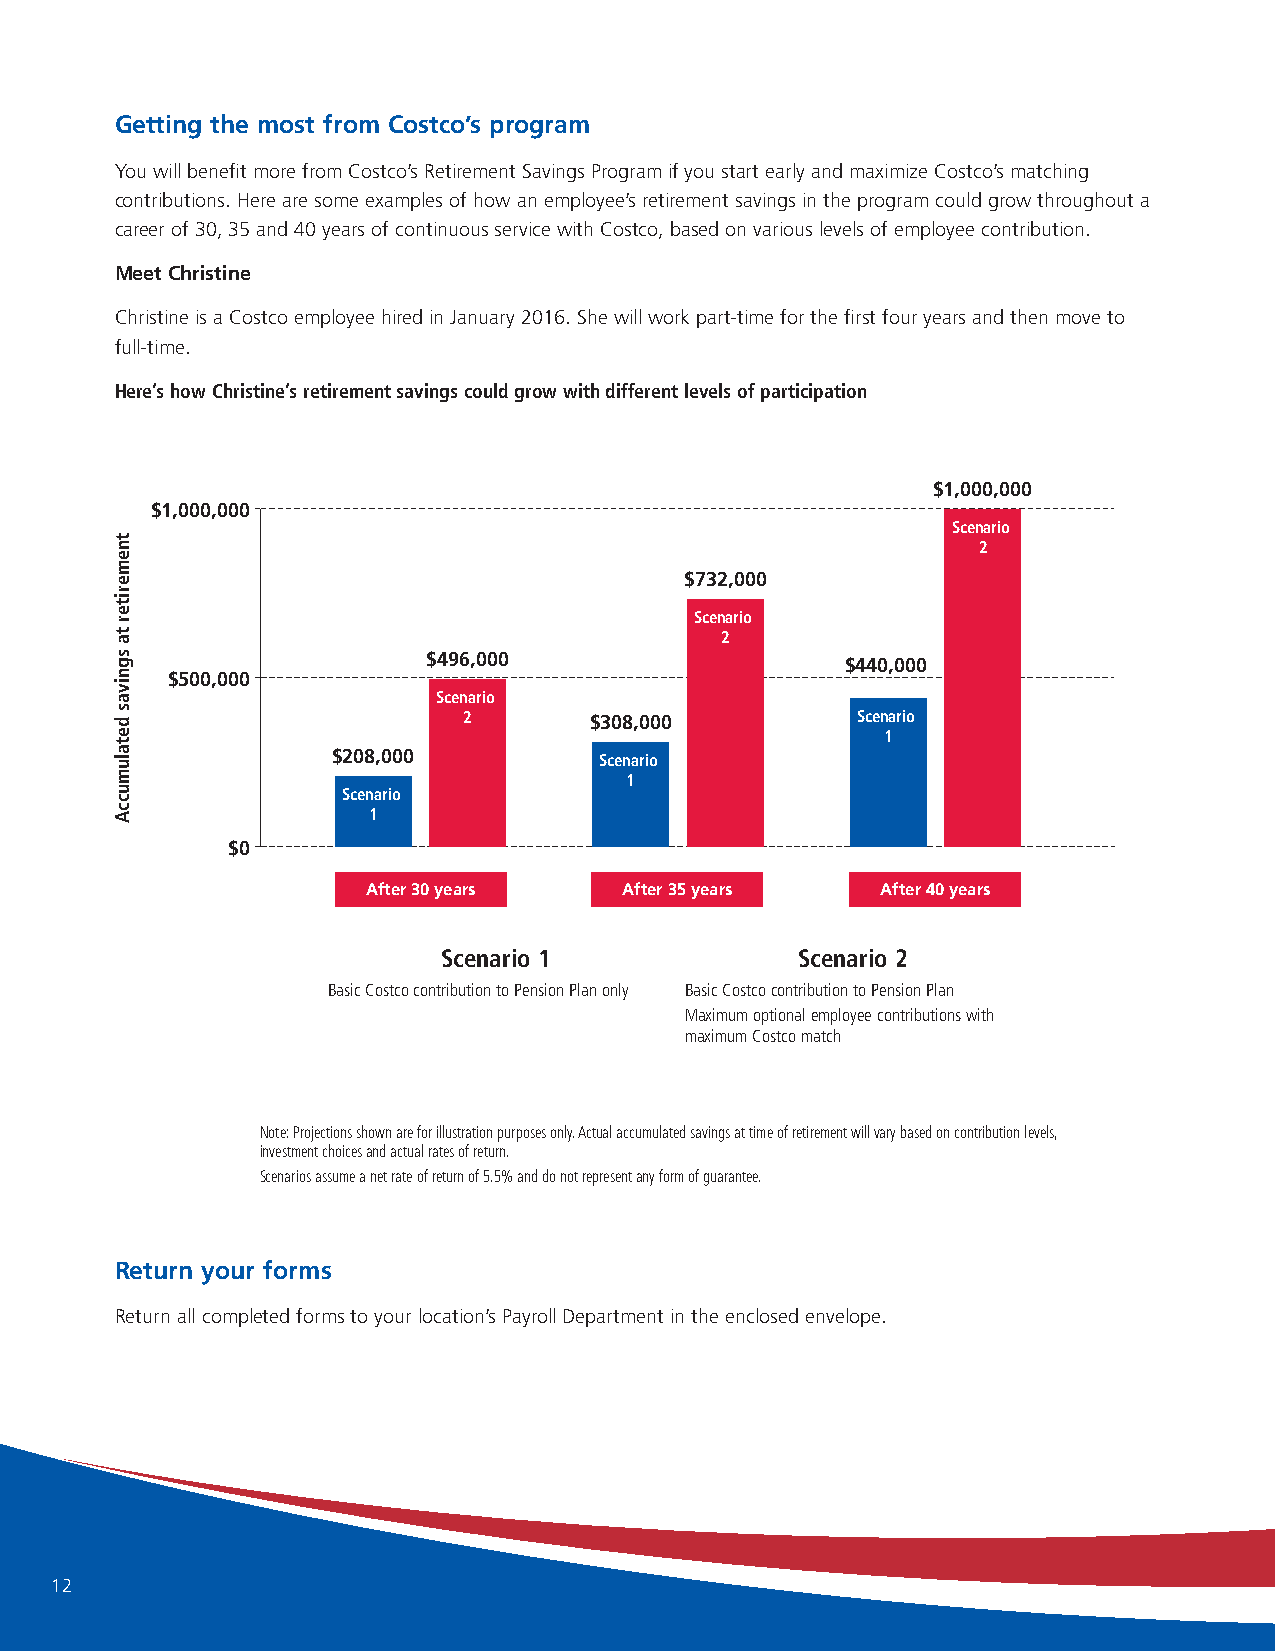
Getting the most from Costco’s program
 You will benefit more from Costco’s Retirement Savings Program if you start early and maximize Costco’s matching
 contributions. Here are some examples of how an employee’s retirement savings in the program could grow throughout a
 career of 30, 35 and 40 years of continuous service with Costco, based on various levels of employee contribution.
 Meet Christine
 Christine is a Costco employee hired in January 2016. She will work part-time for the first four years and then move to
 full-time.
 Here’s how Christine’s retirement savings could grow with different levels of participation
 $1,000,000
 $1,000,000
 Scenario
 2
 $732,000
 Scenario
 2
 $496,000                    $440,000
 $500,000
 Scenario
 2       $308,000          Scenario
 1
 $208,000          Scenario
 1
 Scenario
 1
 $0
 After 30 years   After 35 years   After 40 years
 Scenario 1              Scenario 2
 Basic Costco contribution to Pension Plan only Basic Costco contribution to Pension Plan
 Maximum optional employee contributions with
 maximum Costco match
 Note: Projections shown are for illustration purposes only. Actual accumulated savings at time of retirement will vary based on contribution levels,
 investment choices and actual rates of return.
 Scenarios assume a net rate of return of 5.5% and do not represent any form of guarantee.
 Return your forms
 Return all completed forms to your location’s Payroll Department in the enclosed envelope.
 12
 tnemeriter
 ta
 sgnivas
 detalumuccA